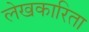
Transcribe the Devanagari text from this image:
लेखकारिता